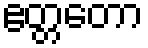
ဧတ္တတော